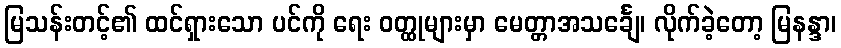
မြသန်းတင့်၏ ထင်ရှားသော ပင်ကို ရေး ဝတ္ထုများမှာ မေတ္တာအသင်္ချေ၊ လိုက်ခဲ့တော့ မြနန္ဒာ၊